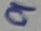
Text: 9